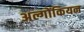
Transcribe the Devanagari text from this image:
अल्गोंकियन